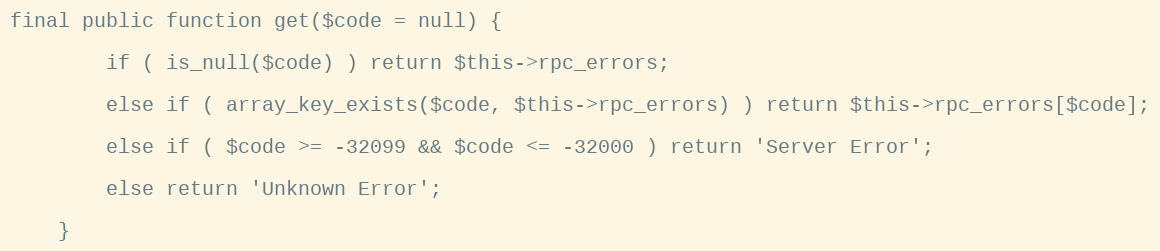
Language: PHP
final public function get($code = null) {

        if ( is_null($code) ) return $this->rpc_errors;

        else if ( array_key_exists($code, $this->rpc_errors) ) return $this->rpc_errors[$code];

        else if ( $code >= -32099 && $code <= -32000 ) return 'Server Error';

        else return 'Unknown Error';

    }